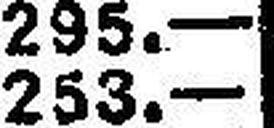
253.—